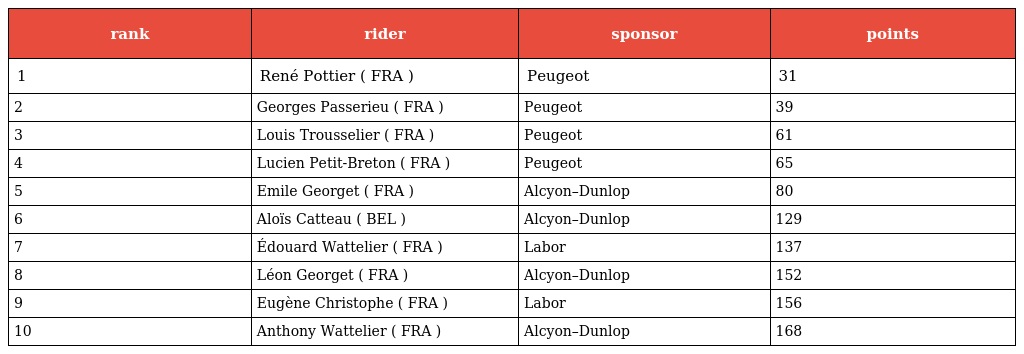
| rank | rider | sponsor | points |
 | --- | --- | --- | --- |
 | 1 | René Pottier ( FRA ) | Peugeot | 31 |
 | 2 | Georges Passerieu ( FRA ) | Peugeot | 39 |
 | 3 | Louis Trousselier ( FRA ) | Peugeot | 61 |
 | 4 | Lucien Petit-Breton ( FRA ) | Peugeot | 65 |
 | 5 | Emile Georget ( FRA ) | Alcyon–Dunlop | 80 |
 | 6 | Aloïs Catteau ( BEL ) | Alcyon–Dunlop | 129 |
 | 7 | Édouard Wattelier ( FRA ) | Labor | 137 |
 | 8 | Léon Georget ( FRA ) | Alcyon–Dunlop | 152 |
 | 9 | Eugène Christophe ( FRA ) | Labor | 156 |
 | 10 | Anthony Wattelier ( FRA ) | Alcyon–Dunlop | 168 |